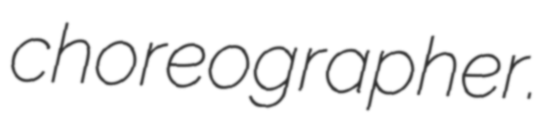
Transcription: choreographer.